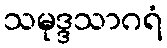
သမုဒ္ဒသာဂရံ